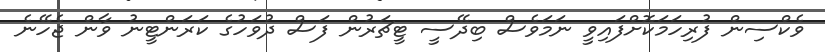
ވެކްސިން ފުރިހަމަކޮށްފައިވީ ނަމަވެސް ބިދޭސީ ޓީޗަރުން ފަސް ދުވަހުގެ ކަރަންޓީނު ވާން ޖެހޭނެ